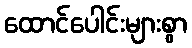
ထောင်ပေါင်းများစွာ